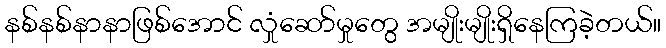
နစ်နစ်နာနာဖြစ်အောင် လှုံဆော်မှုတွေ အမျိုးမျိုးရှိနေကြခဲ့တယ်။